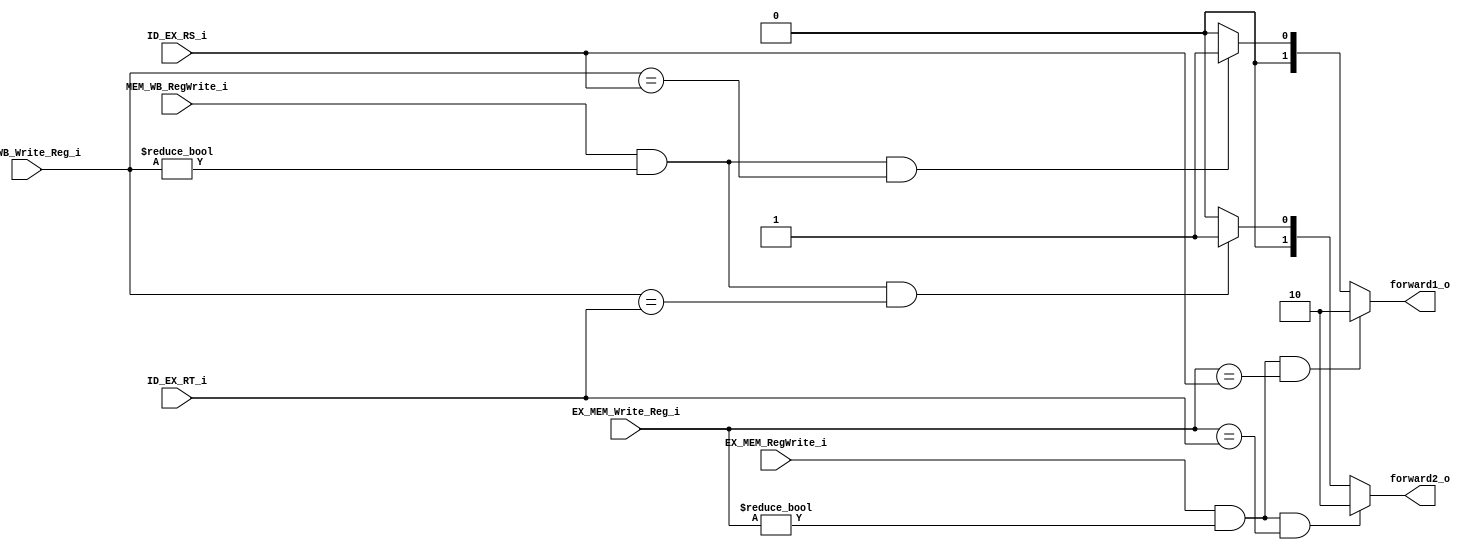

module forward_unit(
    EX_MEM_RegWrite_i,
    EX_MEM_Write_Reg_i,
    ID_EX_RS_i,
    ID_EX_RT_i,
    MEM_WB_RegWrite_i,
    MEM_WB_Write_Reg_i,
    forward1_o,
    forward2_o
);

input EX_MEM_RegWrite_i;
input [4:0] EX_MEM_Write_Reg_i;
input [4:0] ID_EX_RS_i;
input [4:0] ID_EX_RT_i;
input MEM_WB_RegWrite_i;
input [4:0] MEM_WB_Write_Reg_i;
output  [1:0] forward1_o;
output  [1:0] forward2_o;

reg [1:0] forward1_o, forward2_o;



always @(*) begin
    if(EX_MEM_RegWrite_i && (EX_MEM_Write_Reg_i != 0) && (EX_MEM_Write_Reg_i == ID_EX_RS_i))
        forward1_o = 2'b10;
    else if(MEM_WB_RegWrite_i && (MEM_WB_Write_Reg_i != 0) && (MEM_WB_Write_Reg_i == ID_EX_RS_i))
        forward1_o = 2'b01;
    else
        forward1_o = 2'b00;

    if(EX_MEM_RegWrite_i && (EX_MEM_Write_Reg_i != 0) && (EX_MEM_Write_Reg_i == ID_EX_RT_i))
        forward2_o = 2'b10;
    else if(MEM_WB_RegWrite_i && (MEM_WB_Write_Reg_i != 0) && (MEM_WB_Write_Reg_i == ID_EX_RT_i))
        forward2_o = 2'b01;
    else
        forward2_o = 2'b00;
end

endmodule